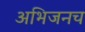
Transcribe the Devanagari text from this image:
अभिजनच